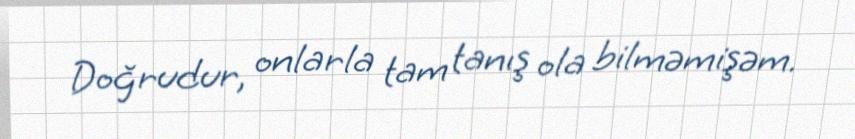
Doğrudur, onlarla tam tanış ola bilməmişəm.